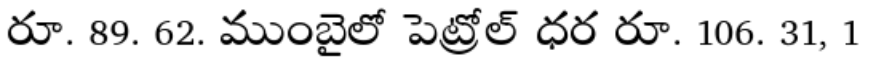
రూ. 89. 62. ముంబైలో పెట్రోల్ ధర రూ. 106. 31, 1